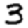
Digit: 3